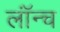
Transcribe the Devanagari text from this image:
लॉंन्च